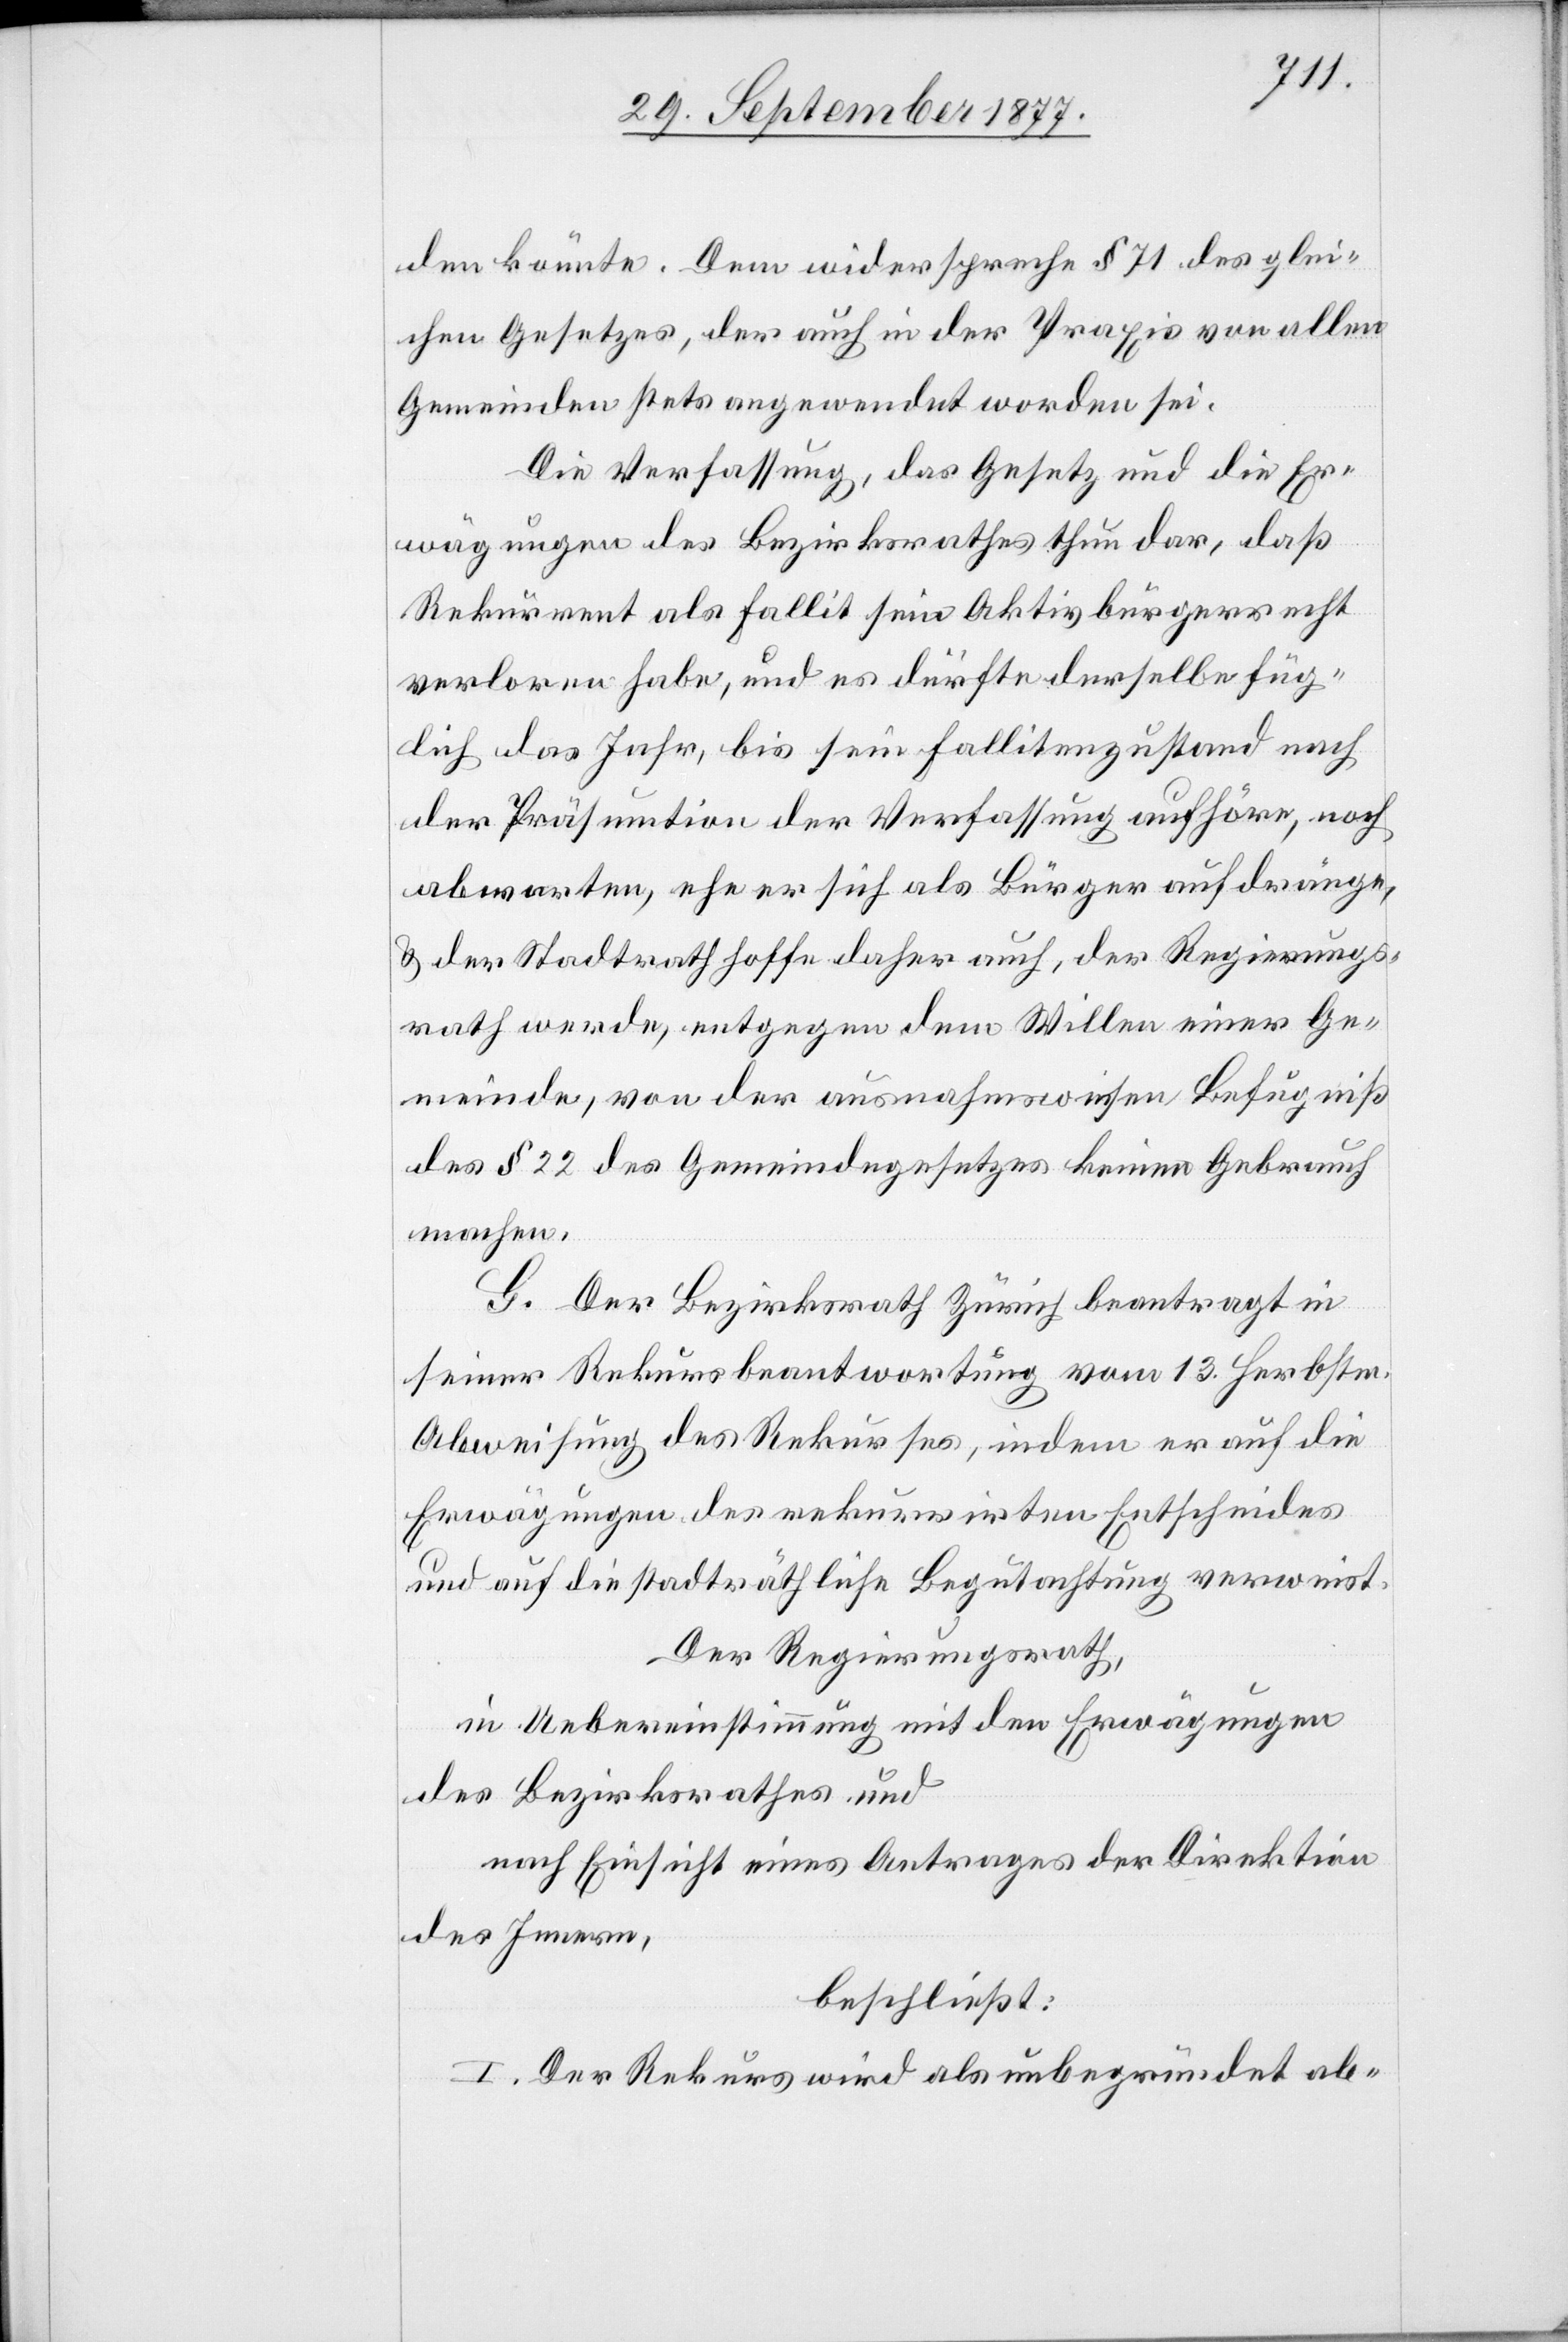
den könnte. Dem widerspreche § 71 des glei¬
chen Gesetzes, der auch in der Praxis von allen
Gemeinden stets angewendet worden sei.
Die Verfassung, das Gesetz und die Er¬
wägungen des Bezirksrathes thun dar, daß
Rekurrent als Fallit sein Aktivbürgerrecht
verloren habe, und es dürfte derselbe füg¬
lich das Jahr, bis sein Fallitenzustand nach
der Präsumtion der Verfassung aufhöre, noch
abwarten, ehe er sich als Bürger aufdränge,
& der Stadtrath hoffe daher auch, der Regierungs¬
rath werde, entgegen dem Willen einer Ge¬
meinde, von der ausnahmsweisen Befugniß
des § 22 des Gemeindegesetzes keinen Gebrauch
machen.
G. Der Bezirksrath Zürich beantragt in
seiner Rekursbeantwortung vom 13. Herbstm.
Abweisung des Rekurses, indem er auf die
Erwägungen des rekurrirten Entscheides
und auf die stadträthliche Begutachtung verweist.
Der Regierungsrath,
in Uebereinstimmung mit den Erwägungen
des Bezirksrathes und
nach Einsicht eines Antrages der Direktion
des Innern
beschließt:
I. Der Rekurs wird als unbegründet ab-